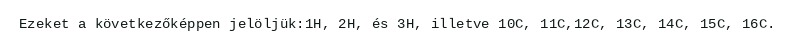
Ezeket a következőképpen jelöljük:1H, 2H, és 3H, illetve 10C, 11C,12C, 13C, 14C, 15C, 16C.